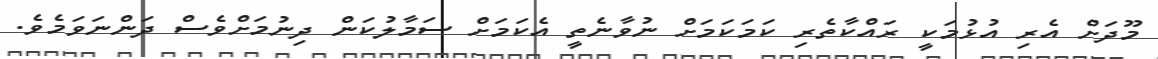
މޫދަށް އެރި އުޅުމަކީ ރައްކާތެރި ކަމަކަމަށް ނުވާނެތީ އެކަމަށް ސަމާލުކަން ދިނުމަށްވެސް ދަންނަވަމެވެ.